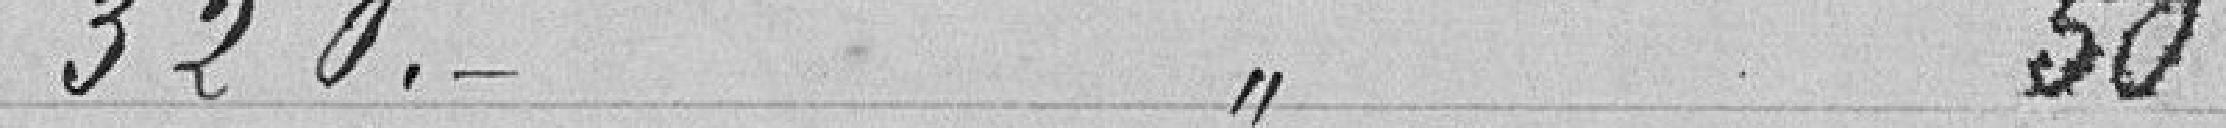
320. 50